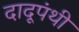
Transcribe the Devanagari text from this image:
दादूपंथी